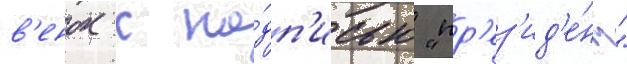
в'енок с на́дп'исью "пр'ез'ид'е́нт"